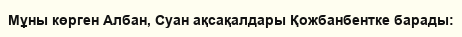
Мұны көрген Албан, Суан ақсақалдары Қожбанбентке барады: